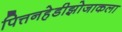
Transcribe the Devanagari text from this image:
पित्तनहेडीझोजाकला